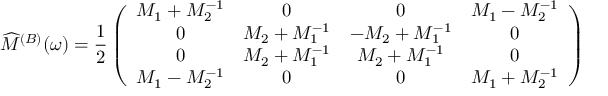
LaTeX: \widehat { \cal M } ^ { ( B ) } ( \omega ) = \frac { 1 } { 2 } \left( \begin{array} { c c c c } { { { \cal M } _ { 1 } + { \cal M } _ { 2 } ^ { - 1 } } } & { { 0 } } & { { 0 } } & { { { \cal M } _ { 1 } - { \cal M } _ { 2 } ^ { - 1 } } } \\ { { 0 } } & { { { \cal M } _ { 2 } + { \cal M } _ { 1 } ^ { - 1 } } } & { { - { \cal M } _ { 2 } + { \cal M } _ { 1 } ^ { - 1 } } } & { { 0 } } \\ { { 0 } } & { { { \cal M } _ { 2 } + { \cal M } _ { 1 } ^ { - 1 } } } & { { { \cal M } _ { 2 } + { \cal M } _ { 1 } ^ { - 1 } } } & { { 0 } } \\ { { { \cal M } _ { 1 } - { \cal M } _ { 2 } ^ { - 1 } } } & { { 0 } } & { { 0 } } & { { { \cal M } _ { 1 } + { \cal M } _ { 2 } ^ { - 1 } } } \end{array} \right)